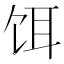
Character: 饵